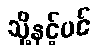
သို့နှင့်ပင်